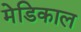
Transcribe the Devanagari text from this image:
मेडिकाल